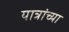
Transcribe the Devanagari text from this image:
यात्रांच्या